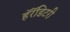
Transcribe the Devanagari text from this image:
हॅरॅडिटरी